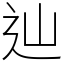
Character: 辿